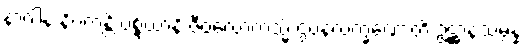
နာဂါနံ နိပကန္တိ ပစ္စယာနိ ဇီဝလောကသ္မိံ ဌပနလက္ခဏောတိ ဥဋ္ဌာနသမ္ပန္နံ